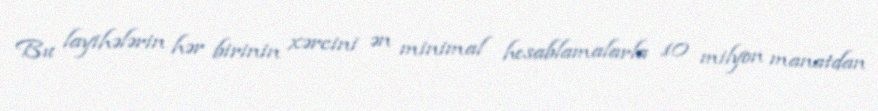
Bu layihələrin hər birinin xərcini ən minimal hesablamalarla 10 milyon manatdan